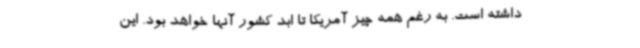
داشته‌ است. به رغم همه چیز آمریکا تا ابد کشور آنها خواهد بود. این